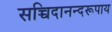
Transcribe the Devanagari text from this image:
सच्चिदानन्दरूपाय